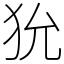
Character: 狁